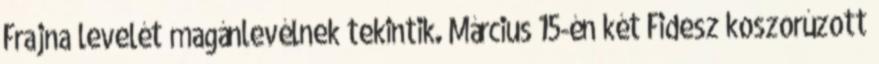
Frajna levelét magánlevélnek tekintik. Március 15-én két Fidesz koszorúzott